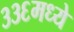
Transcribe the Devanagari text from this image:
३३६मध्ये